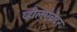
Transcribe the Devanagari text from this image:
व्हीलएब्रेटर